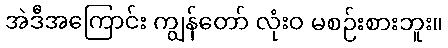
အဲဒီအကြောင်း ကျွန်တော် လုံးဝ မစဉ်းစားဘူး။